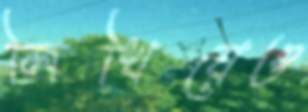
লিখিয়েও